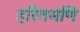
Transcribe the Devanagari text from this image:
हरितमणि